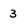
Character: 3